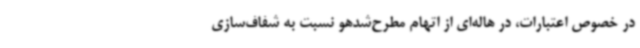
در خصوص اعتبارات، در هاله‌ای از اتهام مطرح‌شدهو نسبت به شفاف‌سازی